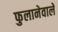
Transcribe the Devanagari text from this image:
फुलानेवाले